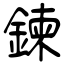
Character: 鍊